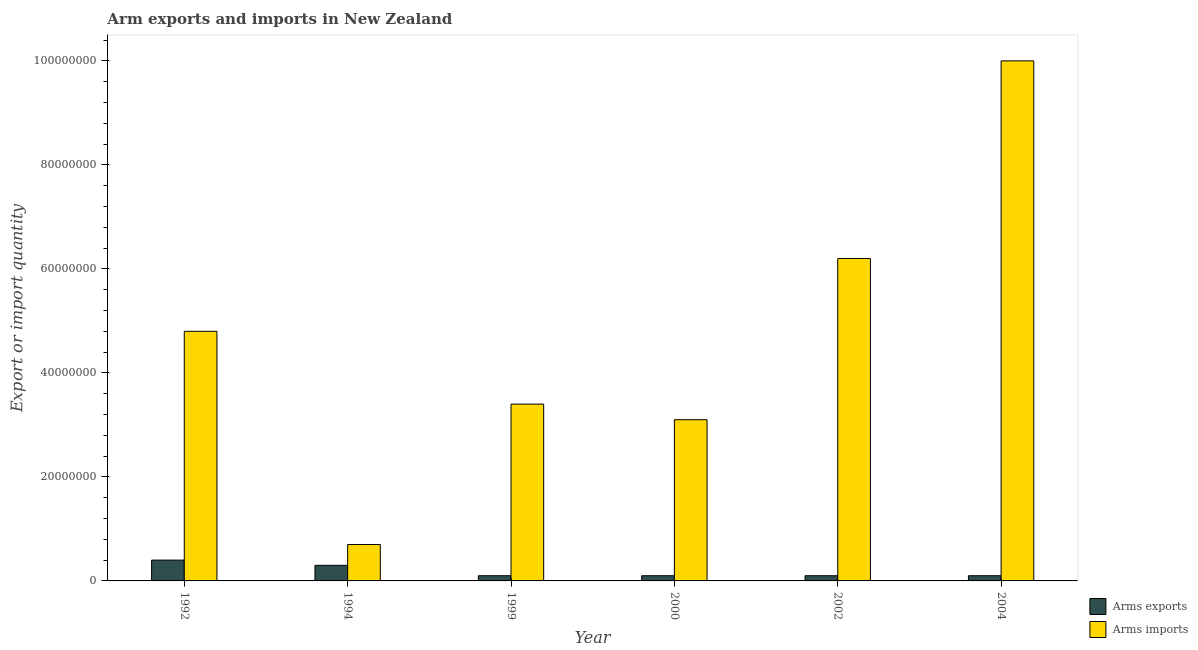
| Year | Arms exports | Arms imports |
 | --- | --- | --- |
 | 1992 | 4e+06 | 4.8e+07 |
 | 1994 | 3e+06 | 7e+06 |
 | 1999 | 1e+06 | 3.4e+07 |
 | 2000 | 1e+06 | 3.1e+07 |
 | 2002 | 1e+06 | 6.2e+07 |
 | 2004 | 1e+06 | 1e+08 |